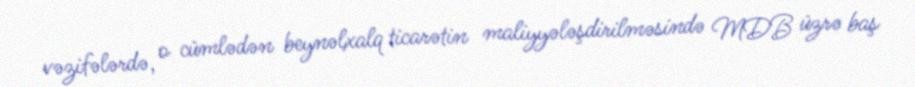
vəzifələrdə, o cümlədən beynəlxalq ticarətin maliyyələşdirilməsində MDB üzrə baş